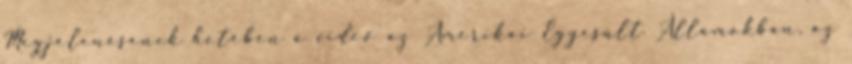
Megjelenésének hetében a videó az Amerikai Egyesült Államokban, az